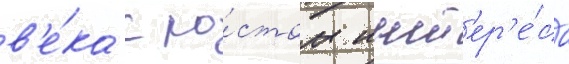
в'е́ка с ро́стом инт'ер'е́са